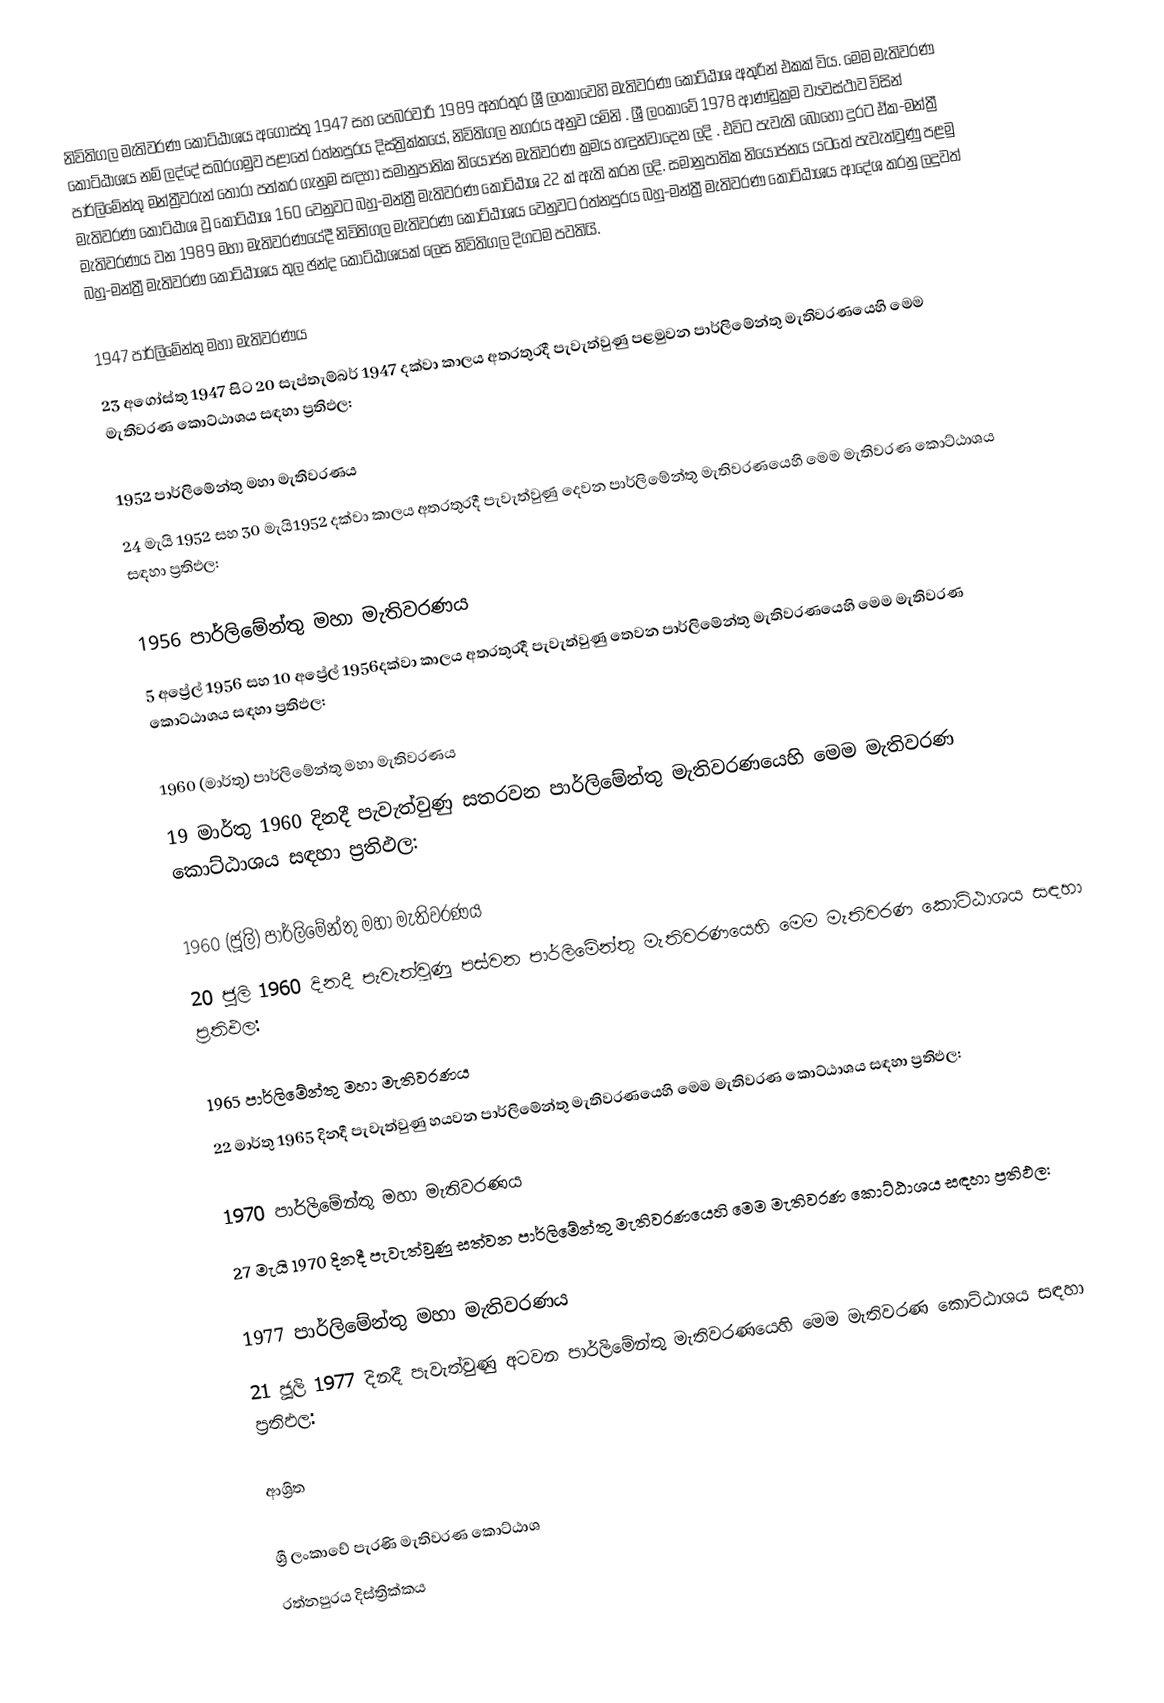
නිවිතිගල මැතිවරණ කොට්ඨාශය  අගෝස්තු 1947 සහ පෙබරවාරි 1989 අතරතුර  ශ්‍රී ලංකාවෙහි  මැතිවරණ කොට්ඨාශ අතුරින් එකක් විය. මෙම මැතිවරණ කොට්ඨාශය නම් ලද්දේ  සබරගමුව පළාතේ  රත්නපුරය  දිස්ත්‍රික්කයේ,  නිවිතිගල නගරය අනුව යමිනි . ශ්‍රී ලංකාවේ 1978 ආණ්ඩුක්‍රම ව්‍යවස්ථාව විසින්   පාර්ලිමේන්තු මන්ත්‍රීවරුන් තෝරා පත්කර ගැනුම සඳහා සමානුපාතික නියෝජන මැතිවරණ ක්‍රමය හඳුන්වාදෙන ලදි . එවිට පැවැති බොහෝ දුරට  ඒක-මන්ත්‍රී මැතිවරණ කොට්ඨාශ වූ කොට්ඨාශ 160 වෙනුවට බහු-මන්ත්‍රී මැතිවරණ කොට්ඨාශ 22 ක් ඇති කරන ලදි. සමානුපාතික නියෝජනය යටතේ පැවැත්වුණු  පළමු මැතිවරණය වන 1989 මහා මැතිවරණයේදී  නිවිතිගල මැතිවරණ කොට්ඨාශය වෙනුවට  රත්නපුරය බහු-මන්ත්‍රී මැතිවරණ කොට්ඨාශය  ආදේශ කරනු ලදුවත් බහු-මන්ත්‍රී මැතිවරණ කොට්ඨාශය තුල ඡන්ද කොට්ඨාශයක් ලෙස නිවිතිගල දිගටම පවතියි.

1947 පාර්ලිමේන්තු මහා මැතිවරණය
23 අගෝස්තු 1947 සිට 20 සැප්තැම්බර් 1947 දක්වා කාලය අතරතුරදී පැවැත්වුණු   පළමුවන පාර්ලිමේන්තු මැතිවරණයෙහි මෙම මැතිවරණ කොට්ඨාශය සඳහා ප්‍රතිඵල:

1952 පාර්ලිමේන්තු මහා මැතිවරණය
24 මැයි 1952 සහ 30 මැයි1952 දක්වා කාලය අතරතුරදී පැවැත්වුණු   දෙවන පාර්ලිමේන්තු මැතිවරණයෙහි මෙම මැතිවරණ කොට්ඨාශය සඳහා ප්‍රතිඵල:

1956 පාර්ලිමේන්තු මහා මැතිවරණය
5 අප්‍රේල් 1956 සහ 10 අප්‍රේල් 1956දක්වා කාලය අතරතුරදී පැවැත්වුණු   තෙවන පාර්ලිමේන්තු මැතිවරණයෙහි මෙම මැතිවරණ කොට්ඨාශය සඳහා ප්‍රතිඵල:

1960 (මාර්තු) පාර්ලිමේන්තු මහා මැතිවරණය
19 මාර්තු 1960 දිනදී පැවැත්වුණු   සතරවන පාර්ලිමේන්තු මැතිවරණයෙහි මෙම මැතිවරණ කොට්ඨාශය සඳහා ප්‍රතිඵල:

1960 (ජූලි) පාර්ලිමේන්තු මහා මැතිවරණය
20 ජූලි 1960 දිනදී පැවැත්වුණු   පස්වන පාර්ලිමේන්තු මැතිවරණයෙහි මෙම මැතිවරණ කොට්ඨාශය සඳහා ප්‍රතිඵල:

1965 පාර්ලිමේන්තු මහා මැතිවරණය
22 මාර්තු 1965  දිනදී පැවැත්වුණු   හයවන පාර්ලිමේන්තු මැතිවරණයෙහි මෙම මැතිවරණ කොට්ඨාශය සඳහා ප්‍රතිඵල:

1970 පාර්ලිමේන්තු මහා මැතිවරණය
27 මැයි 1970 දිනදී පැවැත්වුණු   සත්වන පාර්ලිමේන්තු මැතිවරණයෙහි මෙම මැතිවරණ කොට්ඨාශය සඳහා ප්‍රතිඵල:

1977 පාර්ලිමේන්තු මහා මැතිවරණය
21 ජූලි 1977 දිනදී පැවැත්වුණු   අටවන පාර්ලිමේන්තු මැතිවරණයෙහි මෙම මැතිවරණ කොට්ඨාශය සඳහා ප්‍රතිඵල:

ආශ්‍රිත

ශ්‍රී ලංකාවේ පැරණි මැතිවරණ කොට්ඨාශ
 රත්නපුරය දිස්ත්‍රික්කය